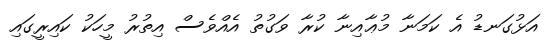
އަޅުގަނޑު އެ ކަމަނާ މުޢާއިނާ ކުރާ ވަގުތު އެއްވެސް އިތުރު މީހަކު ކައިރީގައި